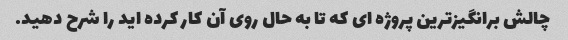
چالش برانگیزترین پروژه ای که تا به حال روی آن کار کرده اید را شرح دهید.